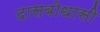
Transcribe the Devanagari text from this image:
दासबोधासी